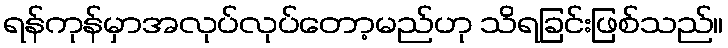
ရန်ကုန်မှာအလုပ်လုပ်တော့မည်ဟု သိရခြင်းဖြစ်သည်။